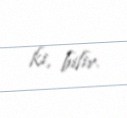
ki, bilir.